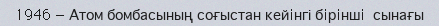
1946 — Атом бомбасының соғыстан кейiнгі бiрiншi  сынағы